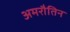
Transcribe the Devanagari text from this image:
अमरौतिन